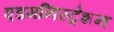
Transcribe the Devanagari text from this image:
एडमनिस्ट्रेशन